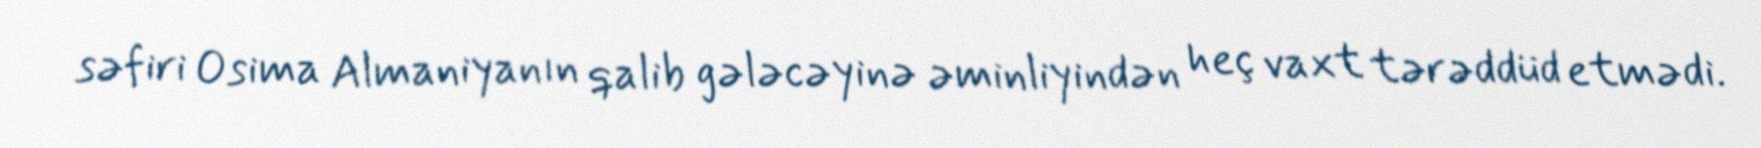
səfiri Osima Almaniyanın qalib gələcəyinə əminliyindən heç vaxt tərəddüd etmədi.